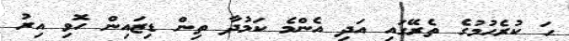
ހަ ކުރެހުމުގެ ތެރޭގައި އަދި އެންމެ ކަމުދާ ތިން ޑިޒައިން ހޮވި އިރު